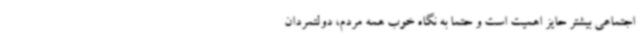
اجتماعی بیشتر حایز اهمیت است و حتما به نگاه خوب همه مردم، دولتمردان